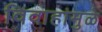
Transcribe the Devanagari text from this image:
विवाहांमुळे